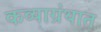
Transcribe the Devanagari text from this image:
कव्याग्रंथात